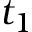
t _ { 1 }